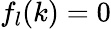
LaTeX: f_{l}(k)=0